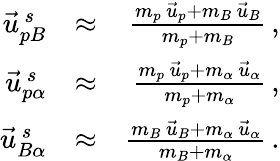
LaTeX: \begin{array}{rlr}{\vec{u}_{pB}^{\, s}}&{\approx}&{\frac{m_{p}\, \vec{u}_{p}+m_{B}\, \vec{u}_{B}}{m_{p}+m_{B}}\, ,}\\ {\vec{u}_{p\alpha}^{\, s}}&{\approx}&{\frac{m_{p}\, \vec{u}_{p}+m_{\alpha}\, \vec{u}_{\alpha}}{m_{p}+m_{\alpha}}\, ,}\\ {\vec{u}_{B\alpha}^{\, s}}&{\approx}&{\frac{m_{B}\, \vec{u}_{B}+m_{\alpha}\, \vec{u}_{\alpha}}{m_{B}+m_{\alpha}}\, .}\end{array}